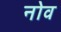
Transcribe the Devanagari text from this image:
नोव